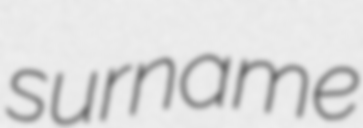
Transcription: surname